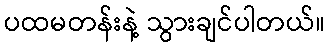
ပထမတန်းနဲ့ သွားချင်ပါတယ်။